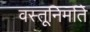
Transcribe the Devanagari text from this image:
वस्तूनिर्माते